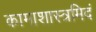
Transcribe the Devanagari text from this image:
कामाशास्त्रमिदं